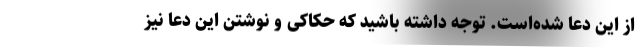
از این دعا شده‌است. توجه داشته باشید که حکاکی و نوشتن این دعا نیز